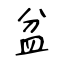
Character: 盆